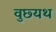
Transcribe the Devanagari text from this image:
वुछ्यथ